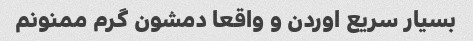
بسیار سریع اوردن و واقعا دمشون گرم ممنونم